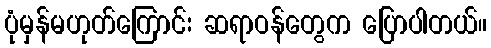
ပုံမှန်မဟုတ်ကြောင်း ဆရာဝန်တွေက ပြောပါတယ်။